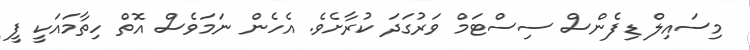
މިސައިލް ޑިފެންސް ސިސްޓަމް ވަރުގަދަ ކުރާށެވެ. އެހެން ނަމަވެސް އޮތް ހިތާމައަކީ ފީ